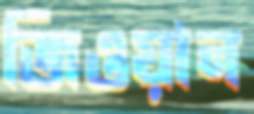
জিওয়ান